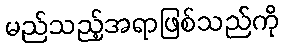
မည်သည့်အရာဖြစ်သည်ကို